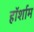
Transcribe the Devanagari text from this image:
हॉर्शाम